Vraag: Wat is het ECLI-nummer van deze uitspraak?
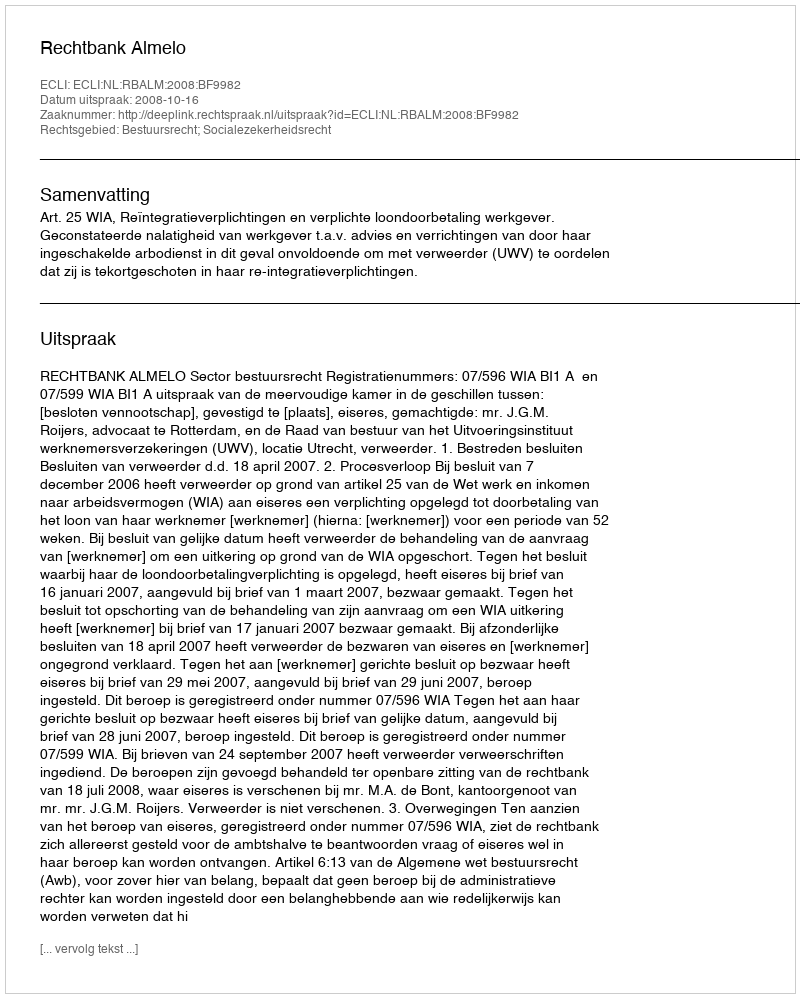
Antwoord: ECLI:NL:RBALM:2008:BF9982